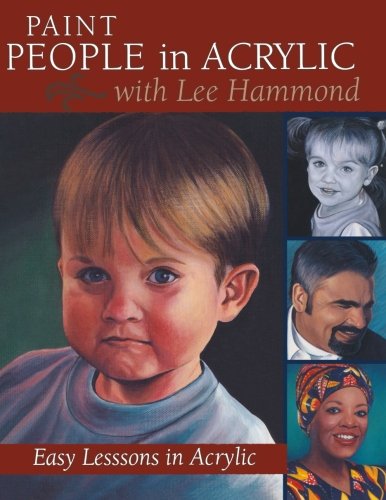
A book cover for Paint People in Acrylic with Lee Hammond; Lee Hammond; Arts & Photography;